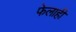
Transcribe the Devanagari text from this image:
फेलाही